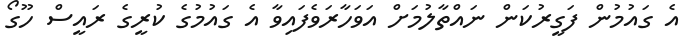
އެ ގައުމުން ފަގީރުކަން ނައްތާލުމަށް އަވަހާރަވެފައިވާ އެ ގައުމުގެ ކުރީގެ ރައީސް ހޫގޯ